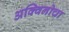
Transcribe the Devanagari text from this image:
अक्विनोचा